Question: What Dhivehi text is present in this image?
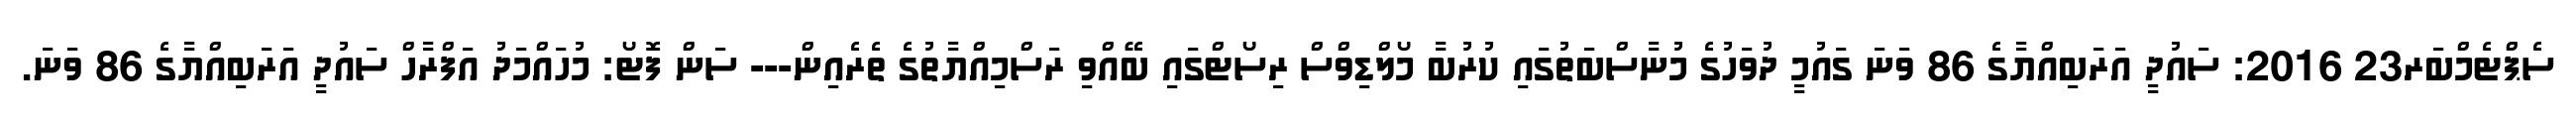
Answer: ސެޕްޓެމްބަރ23 2016: ސައުދީ އަރަބިއްޔާގެ 86 ވަނަ ގައުމީ ދުވަހުގެ މުނާސްބަތުގައި ކުރުބާ މޯލްޑިވްސް ރިސޯޓްގައި ބޭއްވި ރަސްމިއްޔާތުގެ ތެރެއިން--- ސަން ފޮޓޯ: މުހައްމަދު އަފްރާހް ސައުދީ އަރަބިއްޔާގެ 86 ވަނަ.